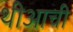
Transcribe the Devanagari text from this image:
थीआची